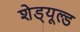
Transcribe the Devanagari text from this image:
शेड्‌यूल्ड